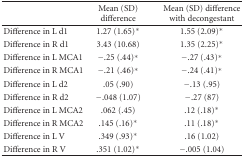
<table><thead><tr><td></td><td><b>Mean (SD) difference</b></td><td><b>Mean (SD) difference with decongestant</b></td></tr></thead><tbody><tr><td>Difference in L d1</td><td>1.27 (1.65)*</td><td>1.55 (2.09)*</td></tr><tr><td>Difference in R d1</td><td>3.43 (10.68)</td><td>1.35 (2.25)*</td></tr><tr><td>Difference in L MCA1</td><td>−.25 (.44)*</td><td>−.27 (.43)*</td></tr><tr><td>Difference in R MCA1</td><td>−.21 (.46)*</td><td>−.24 (.41)*</td></tr><tr><td>Difference in L d2</td><td>.05 (.90)</td><td>−.13 (.95)</td></tr><tr><td>Difference in R d2</td><td>−.048 (1.07)</td><td>−.27 (87)</td></tr><tr><td>Difference in L MCA2</td><td>.062 (.45)</td><td>.12 (.18)*</td></tr><tr><td>Difference in R MCA2</td><td>.145 (.16)*</td><td>.11 (.18)*</td></tr><tr><td>Difference in L V</td><td>.349 (.93)*</td><td>.16 (1.02)</td></tr><tr><td>Difference in R V</td><td>.351 (1.02)*</td><td>−.005 (1.04)</td></tr></tbody></table>